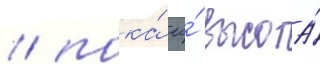
/ пока́ ео́ высота́